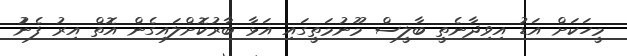
މީހަކަށް އަޑު އިވިދާނެތީ ބާލީސް މޫނުމަތީގައި އަޅާ ބާރުކޮށްލައިގެން އޮތް އިރު ފެނުު